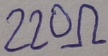
Text: 220Ω